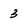
Character: 3